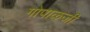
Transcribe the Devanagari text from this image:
गोपाळजी